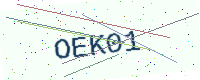
Text: OEK01